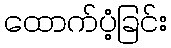
ထောက်ပံ့ခြင်း